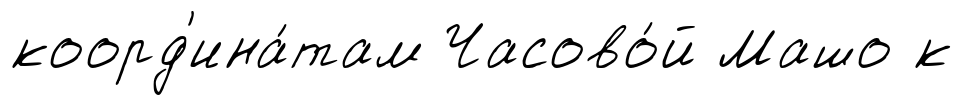
коорд'ина́там Часово́й Машо к